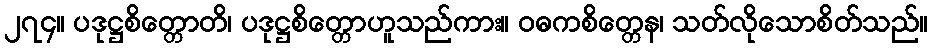
၂၇၄။ ပဒုဋ္ဌစိတ္တောတိ၊ ပဒုဋ္ဌစိတ္တောဟူသည်ကား။ ဝဓကစိတ္တေန၊ သတ်လိုသောစိတ်သည်။